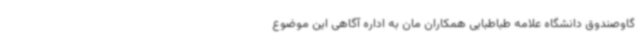
گاوصندوق دانشگاه علامه طباطبایی همکاران مان به اداره آگاهی این موضوع